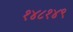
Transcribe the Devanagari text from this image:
१४८१४९